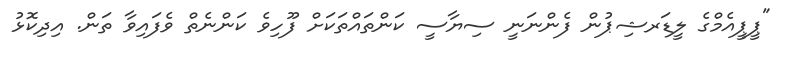
"ޕީޕީއެމްގެ ލީޑަރޝިޕުން ފެންނަނީ ސިޔާސީ ކަންތައްތަކަށް ފޫހިވެ ކަންނެތް ވެފައިވާ ތަން. އިދިކޮޅު